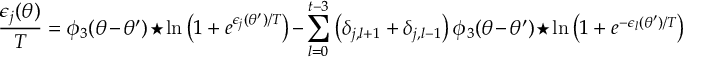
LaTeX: { \frac { \epsilon _ { j } ( \theta ) } { T } } = \phi _ { 3 } ( \theta - \theta ^ { \prime } ) \star \ln \left( 1 + e ^ { \epsilon _ { j } ( \theta ^ { \prime } ) / T } \right) - \sum _ { l = 0 } ^ { t - 3 } \left( \delta _ { j , l + 1 } + \delta _ { j , l - 1 } \right) \phi _ { 3 } ( \theta - \theta ^ { \prime } ) \star \ln \left( 1 + e ^ { - \epsilon _ { l } ( \theta ^ { \prime } ) / T } \right)